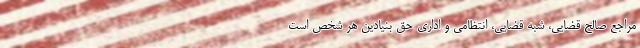
مراجع صالح قضایی، شبه قضایی، انتظامی و اداری حق بنیادین هر شخص است